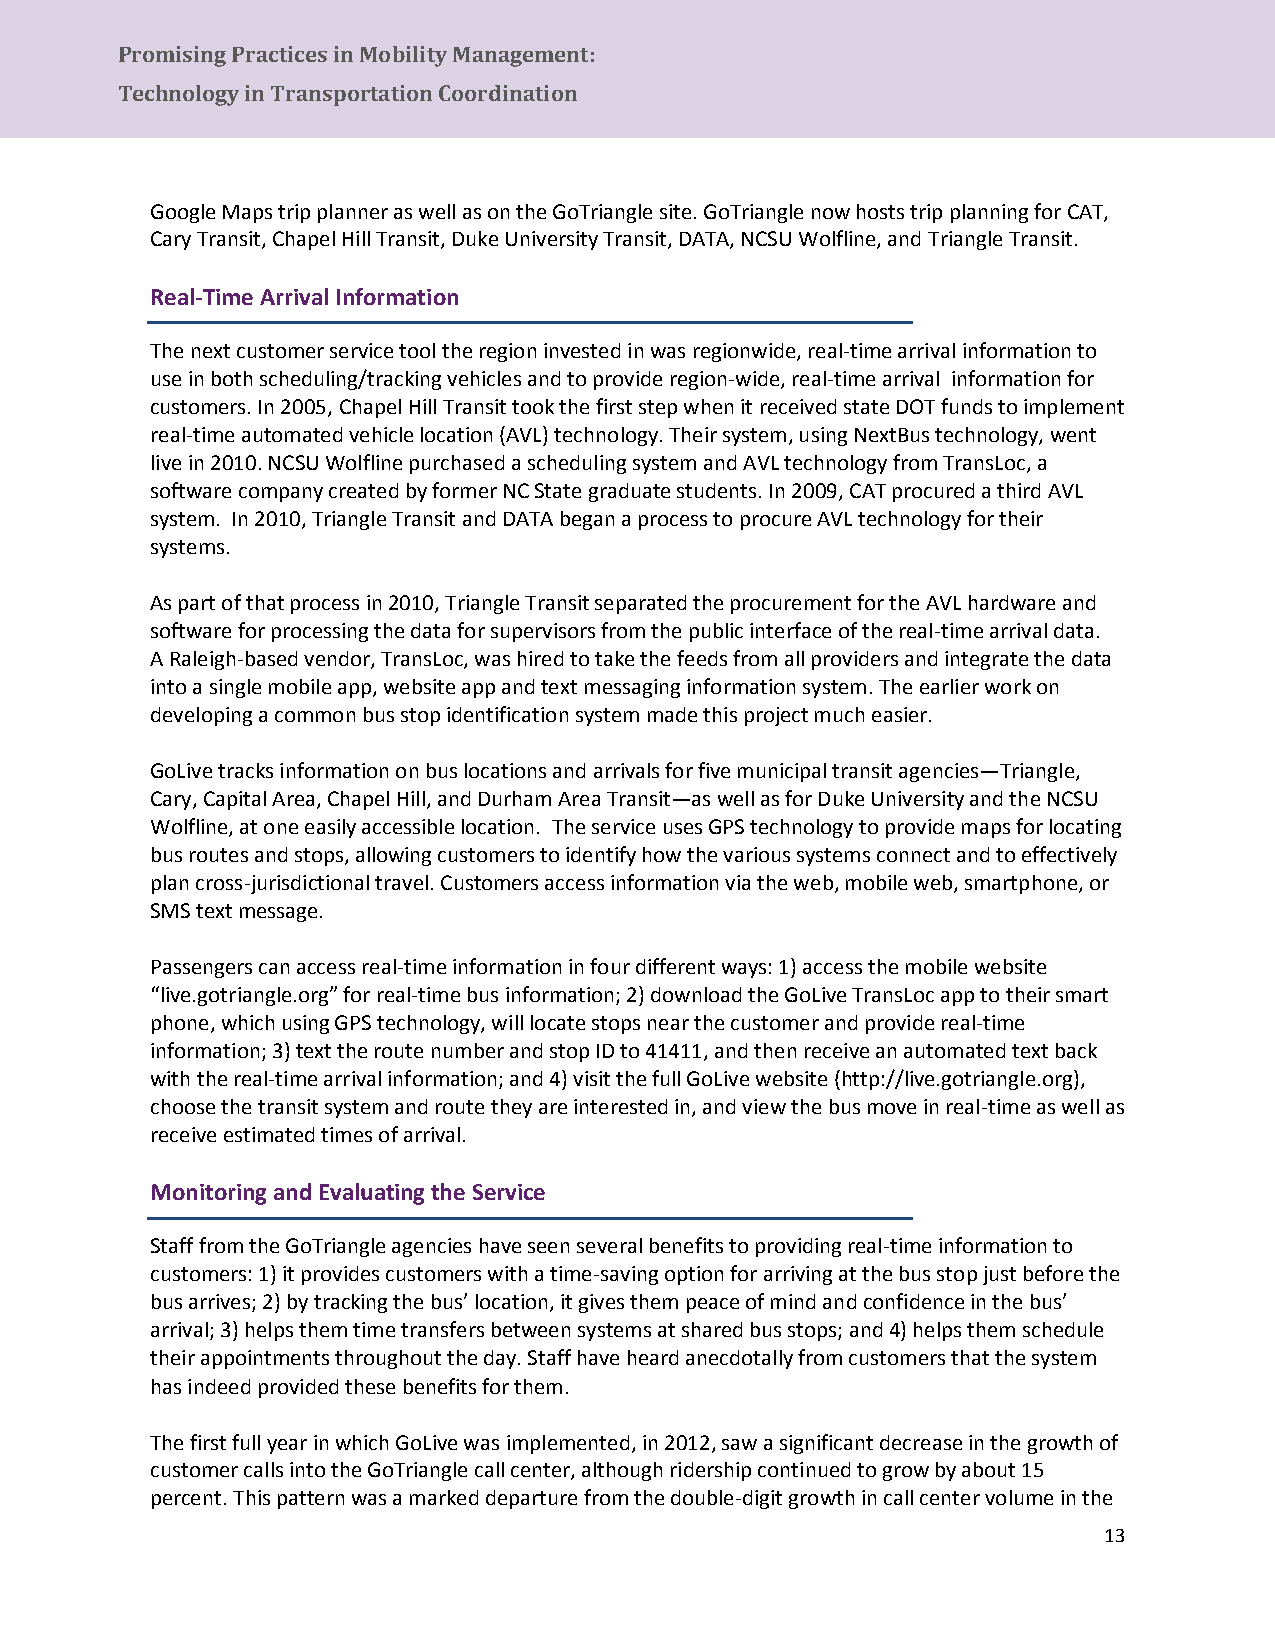
Promising Practices in Mobility Management:
 Tec hnology in Transportation Coordination
 Google Maps trip planner as well as on the GoTriangle site. GoTriangle now hosts trip planning for CAT,
 Cary Transit, Chapel Hill Transit, Duke University Transit, DATA, NCSU Wolfline, and Triangle Transit.
 Real-Time Arrival Information
 The next customer service tool the region invested in was regionwide, real-time arrival information to
 use in both scheduling/tracking vehicles and to provide region-wide, real-time arrival information for
 customers. In 2005, Chapel Hill Transit took the first step when it received state DOT funds to implement
 real-time automated vehicle location (AVL) technology. Their system, using NextBus technology, went
 live in 2010. NCSU Wolfline purchased a scheduling system and AVL technology from TransLoc, a
 software company created by former NC State graduate students. In 2009, CAT procured a third AVL
 system. In 2010, Triangle Transit and DATA began a process to procure AVL technology for their
 systems.
 As part of that process in 2010, Triangle Transit separated the procurement for the AVL hardware and
 software for processing the data for supervisors from the public interface of the real-time arrival data.
 A Raleigh-based vendor, TransLoc, was hired to take the feeds from all providers and integrate the data
 into a single mobile app, website app and text messaging information system. The earlier work on
 developing a common bus stop identification system made this project much easier.
 GoLive tracks information on bus locations and arrivals for five municipal transit agencies—Triangle,
 Cary, Capital Area, Chapel Hill, and Durham Area Transit—as well as for Duke University and the NCSU
 Wolfline, at one easily accessible location. The service uses GPS technology to provide maps for locating
 bus routes and stops, allowing customers to identify how the various systems connect and to effectively
 plan cross-jurisdictional travel. Customers access information via the web, mobile web, smartphone, or
 SMS text message.
 Passengers can access real-time information in four different ways: 1) access the mobile website
 “live.gotriangle.org” for real-time bus information; 2) download the GoLive TransLoc app to their smart
 phone, which using GPS technology, will locate stops near the customer and provide real-time
 information; 3) text the route number and stop ID to 41411, and then receive an automated text back
 with the real-time arrival information; and 4) visit the full GoLive website (http://live.gotriangle.org),
 choose the transit system and route they are interested in, and view the bus move in real-time as well as
 receive estimated times of arrival.
 Monitoring and Evaluating the Service
 Staff from the GoTriangle agencies have seen several benefits to providing real-time information to
 customers: 1) it provides customers with a time-saving option for arriving at the bus stop just before the
 bus arrives; 2) by tracking the bus’ location, it gives them peace of mind and confidence in the bus’
 arrival; 3) helps them time transfers between systems at shared bus stops; and 4) helps them schedule
 their appointments throughout the day. Staff have heard anecdotally from customers that the system
 has indeed provided these benefits for them.
 The first full year in which GoLive was implemented, in 2012, saw a significant decrease in the growth of
 customer calls into the GoTriangle call center, although ridership continued to grow by about 15
 percent. This pattern was a marked departure from the double-digit growth in call center volume in the
 13